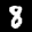
Label: 8